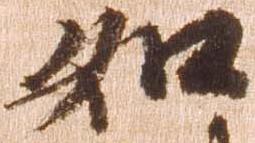
如